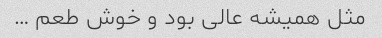
مثل همیشه عالی بود و خوش طعم …